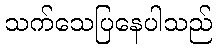
သက်သေပြနေပါသည်